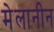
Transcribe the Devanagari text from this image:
मेलानीन